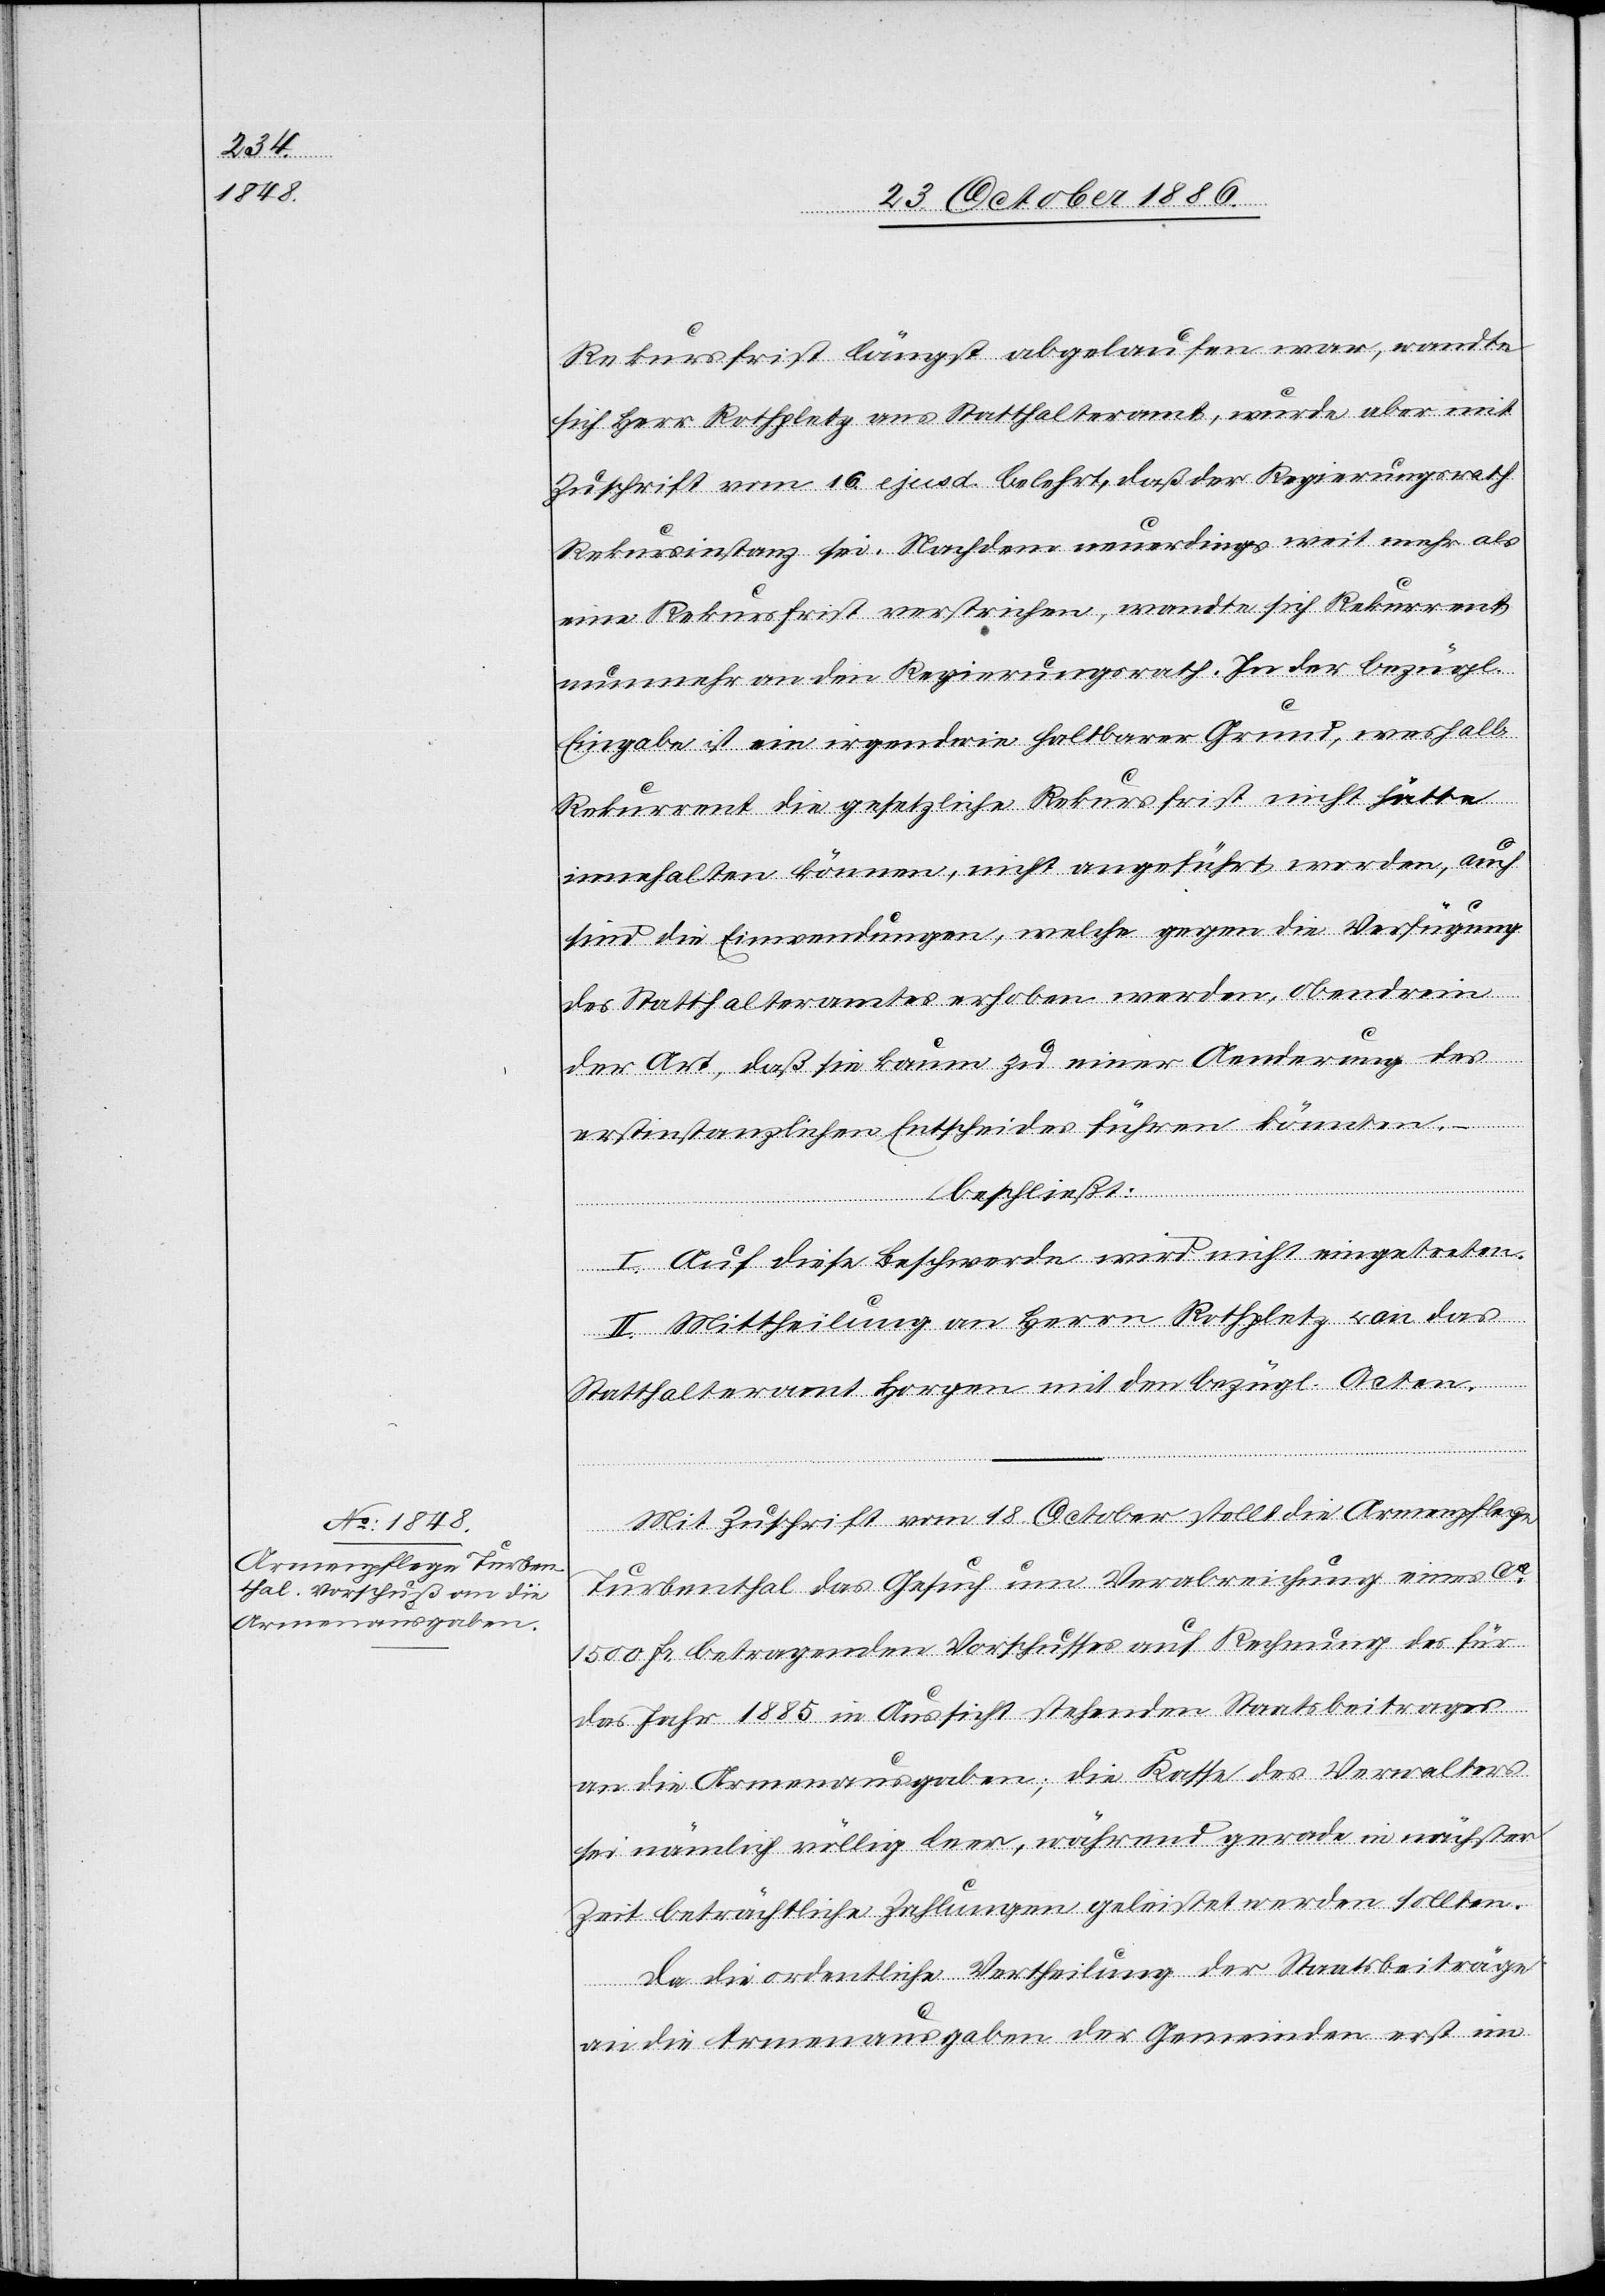
Rekursfrist längst abgelaufen war, wandte
sich Herr Rothpletz ans Statthalteramt, wurde aber mit
Zuschrift vom 16. ejusd. belehrt, daß der Regierungsrath
Rekursinstanz sei. Nachdem neuerdings weit mehr als
eine Rekursfrist verstrichen, wandte sich Rekurrent
nunmehr an den Regierungsrath. In der bezügl.
Eingabe ist ein irgendwie haltbarer Grund, weshalb
Rekurrent die gesetzliche Rekursfrist nicht hätte
innehalten können, nicht angeführt worden, auch
sind die Einwendungen, welche gegen die Verfügung
des Statthalteramtes erhoben werden, obendrein
der Art, daß sie kaum zu einer Aenderung des
erstinstanzlichen Entscheides führen könnten.
beschließt:
I. Auf diese Beschwerde wird nicht eingetreten.
II. Mittheilung an Herrn Rothpletz & an das
Statthalteramt Horgen mit den bezügl. Acten.
Mit Zuschrift vom 18. October stellt die Armenpflege
Turbenthal das Gesuch um Verabreichung eines ca
1500 Fr. betragenden Vorschusses auf Rechnung des für
das Jahr 1885 in Aussicht stehenden Staatsbeitrages
an die Armenausgaben; die Kasse des Verwalters
sei nämlich völlig leer, während gerade in nächster
Zeit beträchtliche Zahlungen geleistet werden sollten.
Da die ordentliche Vertheilung der Staatsbeiträge
an die Armenausgaben der Gemeinden erst im